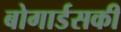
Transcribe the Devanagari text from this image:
बोगार्डसकी